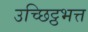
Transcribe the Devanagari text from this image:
उच्छिट्ठभत्त